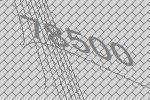
78500